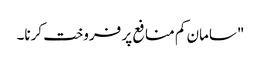
"سامان کم منافع پر فروخت کرنا۔